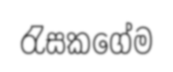
රැසකගේම